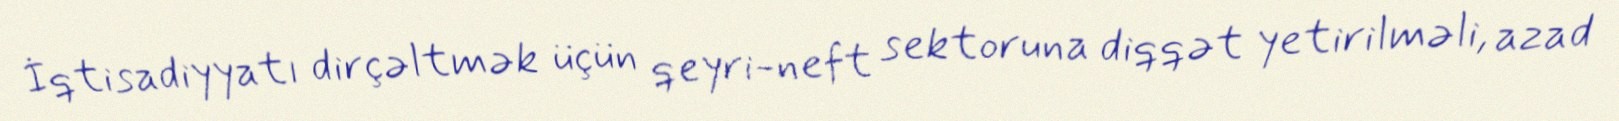
İqtisadiyyatı dirçəltmək üçün qeyri-neft sektoruna diqqət yetirilməli, azad